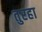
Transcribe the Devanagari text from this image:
तुरहा